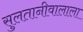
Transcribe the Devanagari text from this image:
सुलतानीवालाला